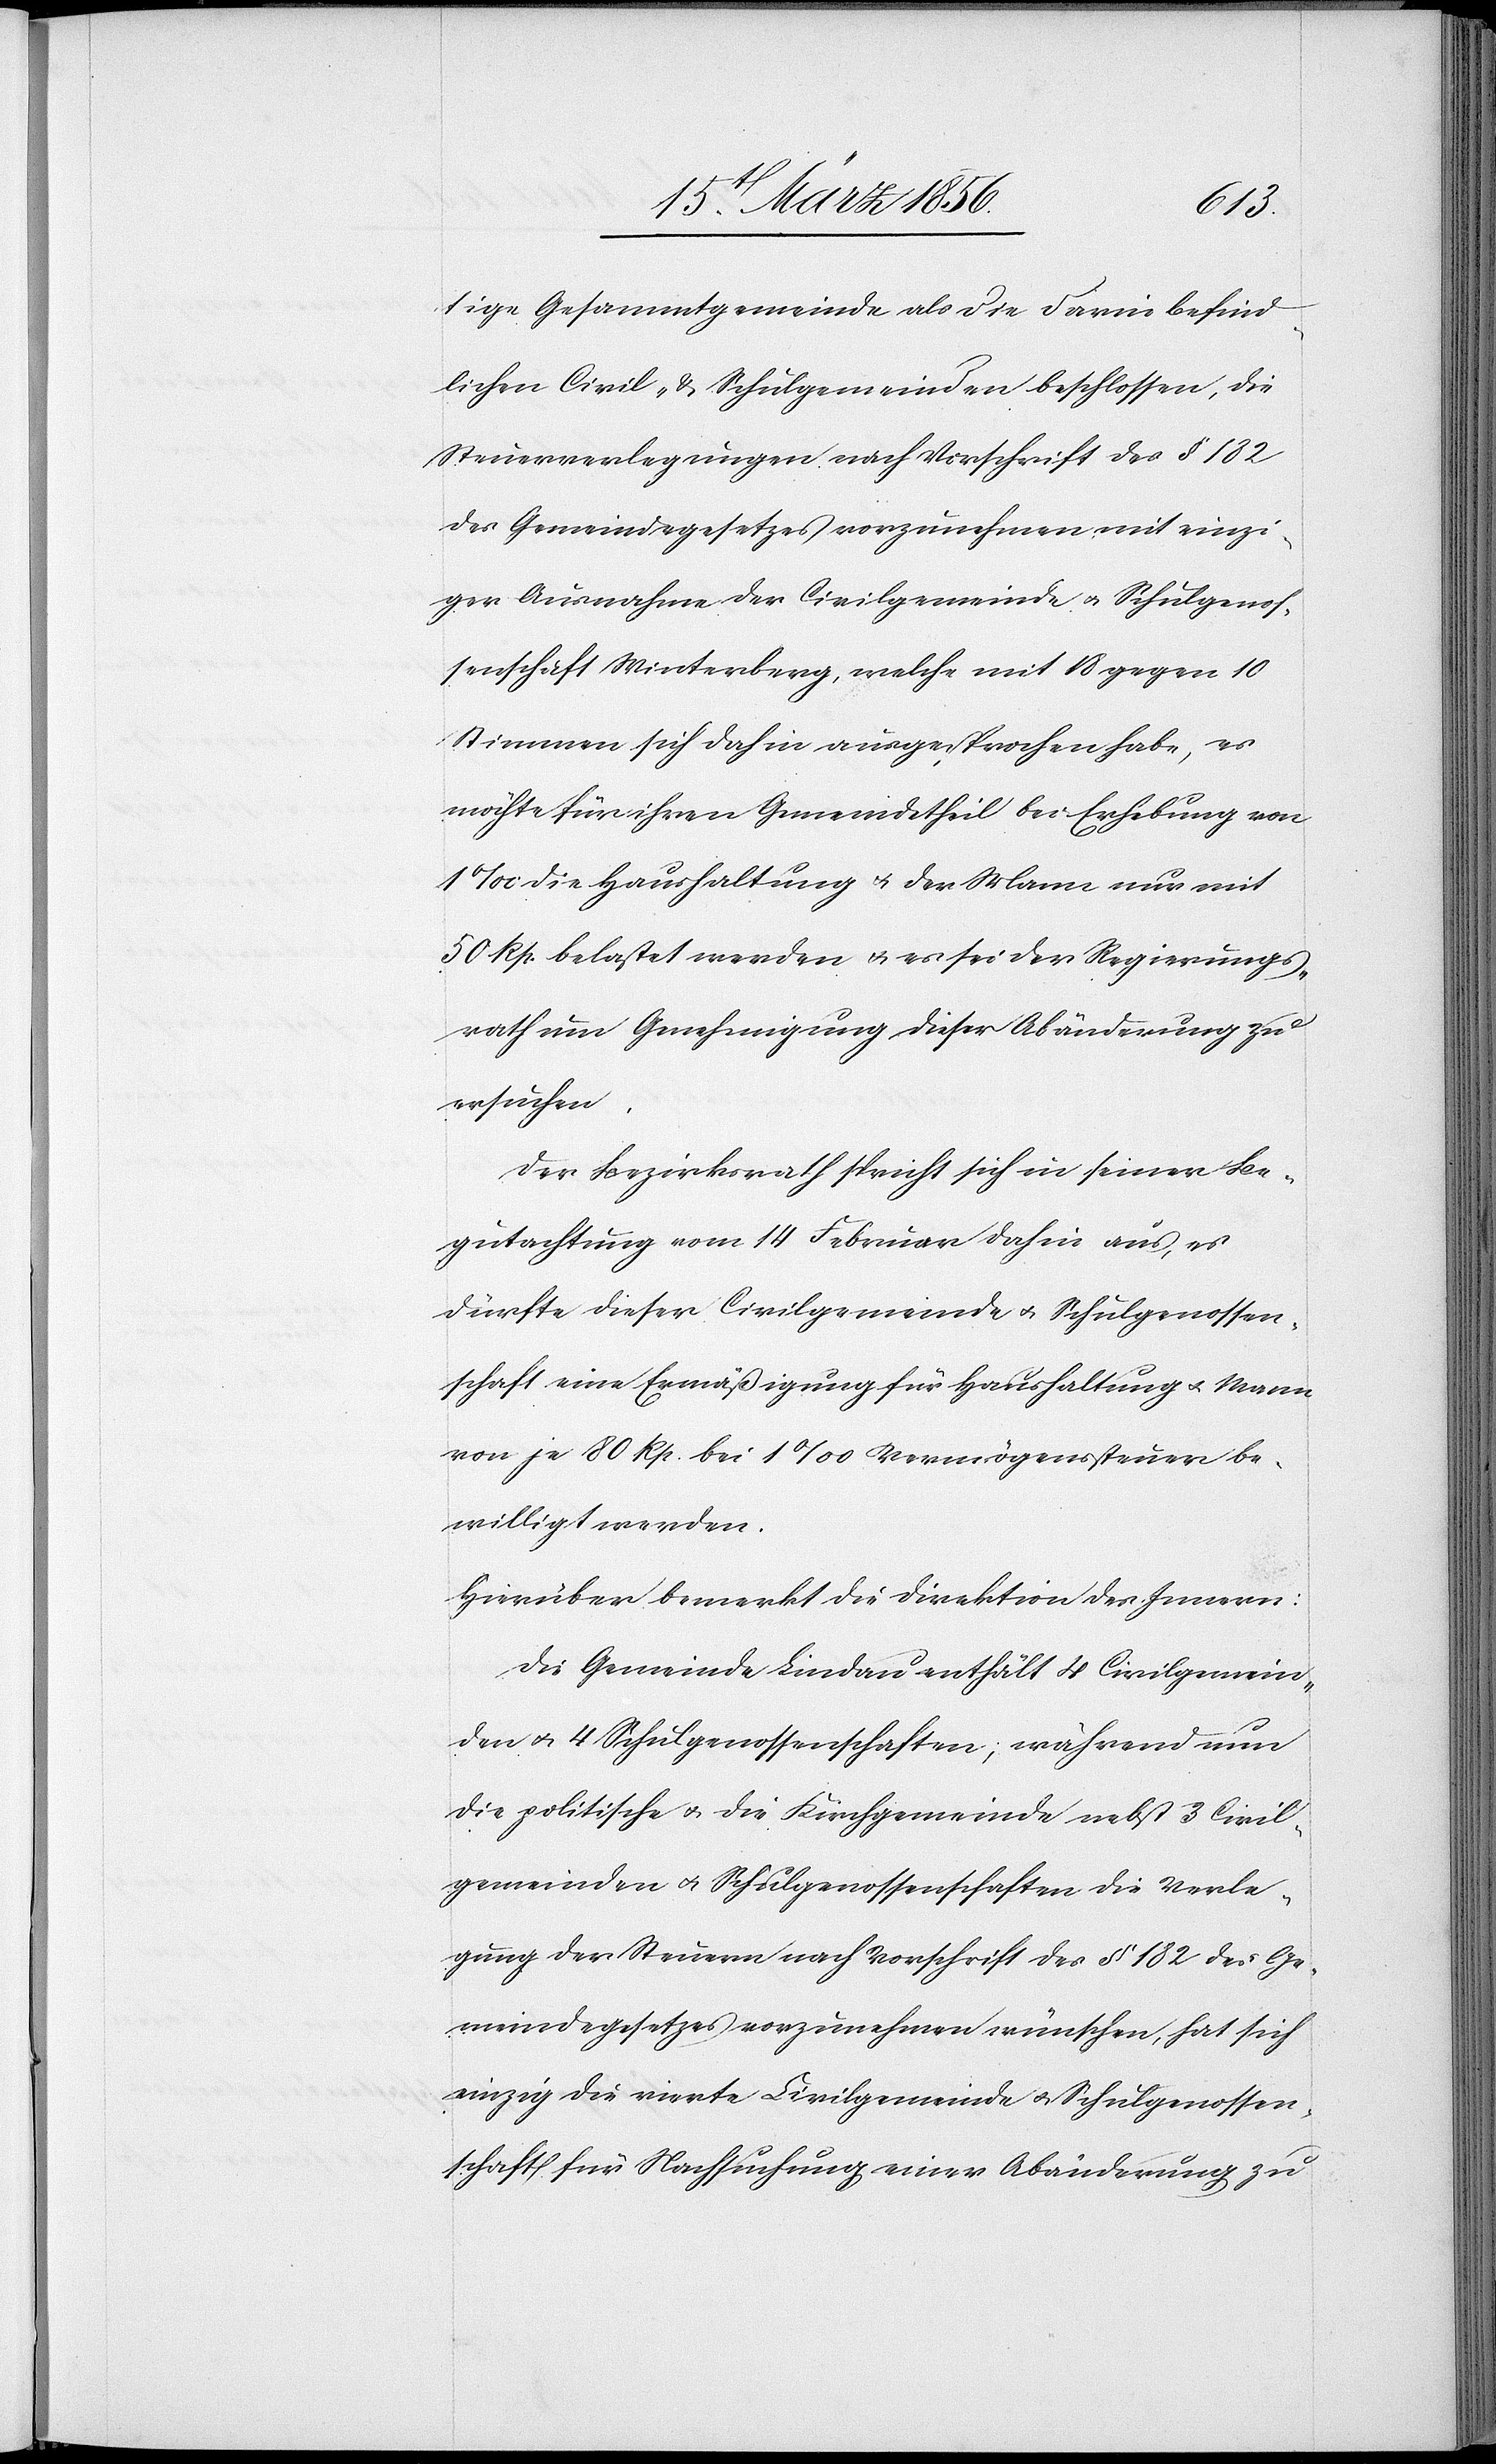
tige Gesammtgemeinde als die darin befind¬
lichen Civil- & Schulgemeinden beschlossen, die
Steuerverlegungen nach Vorschrift des § 182
des Gemeindegesetzes vorzunehmen mit einzi¬
ger Ausnahme der Civilgemeinde u. Schulgenos¬
senschaft Winterberg, welche mit 18 gegen 10
Stimmen sich dahin ausgesprochen habe, es
möchte für ihren Gemeindetheil bei Erhebung von
1‰ die Haushaltung u. der Mann nur mit
50 Rp. belastet werden u. es sei der Regierungs¬
rath um Genehmigung dieser Abänderung zu
ersuchen.
Der Bezirksrath spricht sich in seiner Be¬
gutachtung vom 14 Februar dahin aus, es
dürfte dieser Civilgemeinde u. Schulgenossen¬
schaft eine Ermäßigung für Haushaltung u. Mann
von je 80 Rp. bei 1‰ Vermögenssteuer be¬
willigt werden.
Hierüber bemerkt die Direktion des Innern:
Die Gemeinde Lindau enthält 4 Civilgemein¬
den u. 4 Schulgenossenschaften; während nun
die politische u. die Kirchgemeinde nebst 3 Civil¬
gemeinden u. Schulgenossenschaften die Verle¬
gung der Steuern nach Vorschrift des § 182 des Ge¬
meindegesetzes vorzunehmen wünschen, hat sich
einzig die vierte Civilgemeinde u. Schulgenossen¬
schaft für Nachsuchung einer Abänderung zu